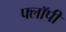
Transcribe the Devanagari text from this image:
फ्लाॅपी